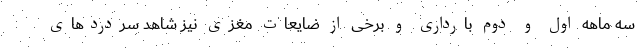
سه ماهه اول و دوم بارداری و برخی از ضایعات مغزی نیز شاهد سردردهای